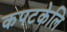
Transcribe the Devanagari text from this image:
कपटकेलि